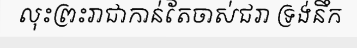
លុះព្រះរាជាកាន់តែចាស់ជរា ទ្រង់នឹក